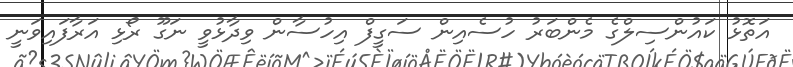
އަތޮޅު ކައުންސިލްގެ މެންބަރު ހުސެއިން ސަގީފް އިހުސާން ވިދާޅުވީ ނަގޫ ރޯޅި އަރާފައިވަނީ